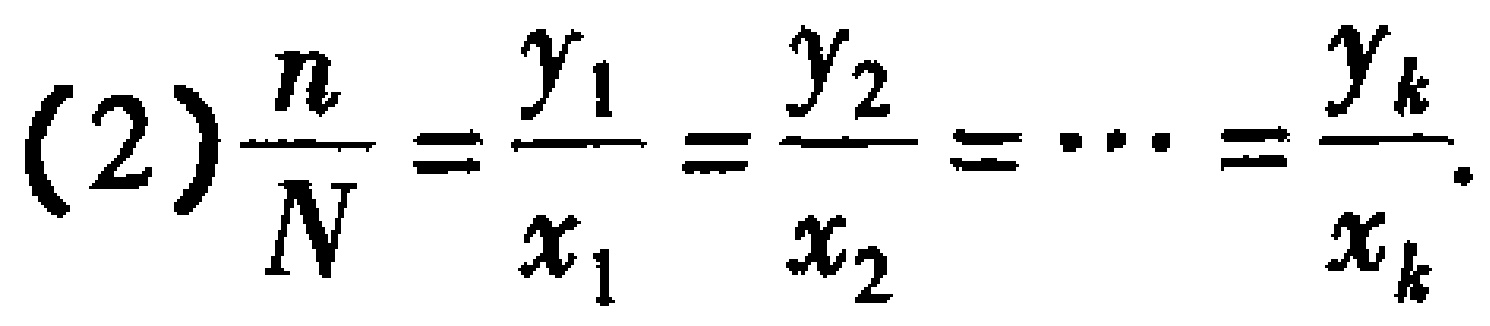
(2)$$\frac{n}{N}=\frac{y_{1}}{x_{1}}=\frac{y_{2}}{x_{2}}=\cdots=\frac{y_{k}}{x_{k}}.$$